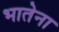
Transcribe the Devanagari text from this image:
भातेना